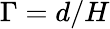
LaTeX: \Gamma=d/H